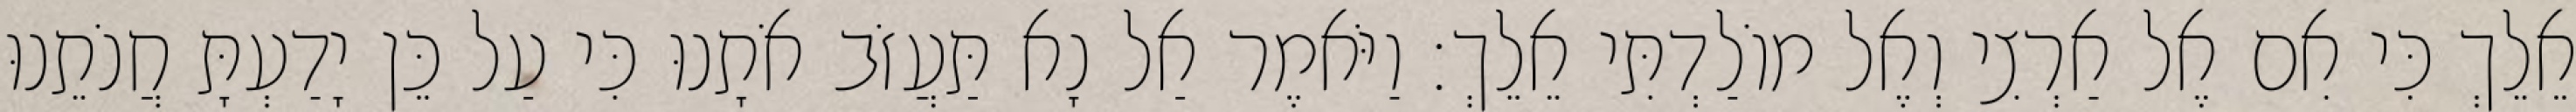
אֵלֵךְ כִּי אִם אֶל אַרְצִי וְאֶל מוֹלַדְתִּי אֵלֵךְ׃ וַיֹּאמֶר אַל נָא תַּעֲזֹב אֹתָנוּ כִּי עַל כֵּן יָדַעְתָּ חֲנֹתֵנוּ